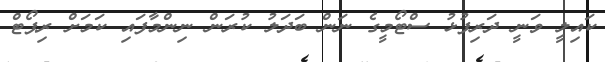
ކައިލީ ވަނީ ދަރިފުޅު ސްޓޯމީގެ ނަން ބަދަލު ކުރަން ނިންމާފައި ކަމަށް ރިޕޯޓް